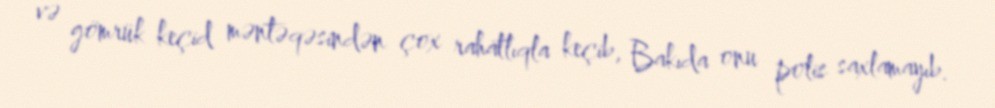
və gömrük keçid məntəqəsindən çox rahatlıqla keçib, Bakıda onu polis saxlamayıb.